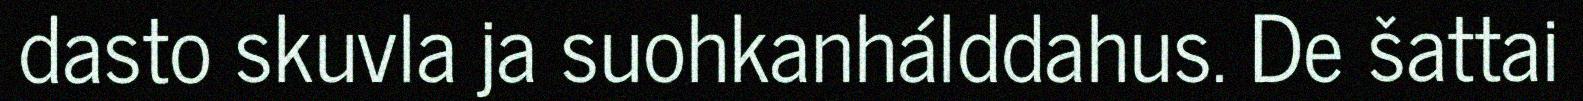
dasto skuvla ja suohkanhálddahus. De šattai